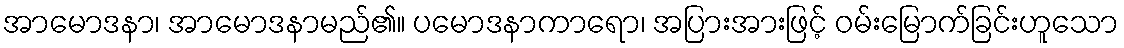
အာမောဒနာ၊ အာမောဒနာမည်၏။ ပမောဒနာကာရော၊ အပြားအားဖြင့် ဝမ်းမြောက်ခြင်းဟူသော